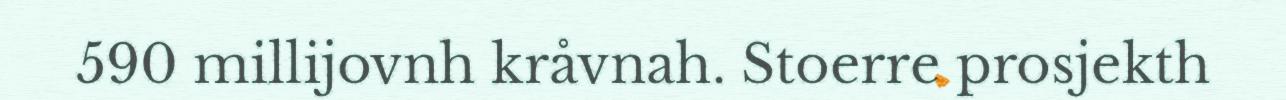
590 millijovnh kråvnah. Stoerre prosjekth